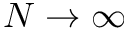
N \to \infty